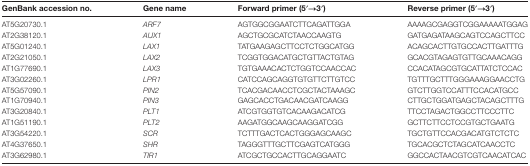
<table><thead><tr><td><b>GenBank accession no.</b></td><td><b>Gene name</b></td><td><b>Forward primer (5′→3′)</b></td><td><b>Reverse primer (5′→3′)</b></td></tr></thead><tbody><tr><td>AT5G20730.1</td><td><i>ARF7</i></td><td>AGTGGCGGAATCTTCAGATTGGA</td><td>AAAAGCGAGGTCGGAAAAATGGAG</td></tr><tr><td>AT2G38120.1</td><td><i>AUX1</i></td><td>AGCTGCGCATCTAACCAAGTG</td><td>GATGAGATAAGCAGTCCAGCTTCC</td></tr><tr><td>AT5G01240.1</td><td><i>LAX1</i></td><td>TATGAAGAGCTTCCTCTGGCATGG</td><td>ACAGCACTTGTGCCACTTGATTTG</td></tr><tr><td>AT2G21050.1</td><td><i>LAX2</i></td><td>TCGGTGGACATGCTGTTACTGTAG</td><td>GCACGTAGAGTGTTGCAAACAGG</td></tr><tr><td>AT1G77690.1</td><td><i>LAX3</i></td><td>TGTGAAACACTCTGGTCCAACCAC</td><td>CCACATAGCGTGCATTATCTCCAC</td></tr><tr><td>AT3G02260.1</td><td><i>LPR1</i></td><td>CATCCAGCAGGTGTGTTCTTGTCC</td><td>TGTTTGCTTTGGGAAAGGAACCTG</td></tr><tr><td>AT5G57090.1</td><td><i>PIN2</i></td><td>TCACGACAACCTCGCTACTAAAGC</td><td>GTCTTGGTCCATTTCCACATGCC</td></tr><tr><td>AT1G70940.1</td><td><i>PIN3</i></td><td>GAGCACCTGACAACGATCAAGG</td><td>CTTGCTGGATGAGCTACAGCTTTG</td></tr><tr><td>AT3G20840.1</td><td><i>PLT1</i></td><td>ATCGTGGTGTCACAAGACATCG</td><td>TTCCTAGACTGGCCTTCCCTTC</td></tr><tr><td>AT1G51190.1</td><td><i>PLT2</i></td><td>AAGATGGCAAGCAAGGATCGG</td><td>GCTTCTTCCTCCGTGCTGAATG</td></tr><tr><td>AT3G54220.1</td><td><i>SCR</i></td><td>TCTTTGACTCACTGGGAGCAAGC</td><td>TGCTGTTCCACGACATGTCTCTC</td></tr><tr><td>AT4G37650.1</td><td><i>SHR</i></td><td>TAGGGTTTGCTTCGAGTCATGGG</td><td>TGCACGCTCTAGCATCAACCTC</td></tr><tr><td>AT3G62980.1</td><td><i>TIR1</i></td><td>ATCGCTGCCACTTGCAGGAATC</td><td>GGCCACTAACGTCGTCAACATCAC</td></tr></tbody></table>